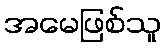
အမေဖြစ်သူ